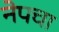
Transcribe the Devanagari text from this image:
नेपचा